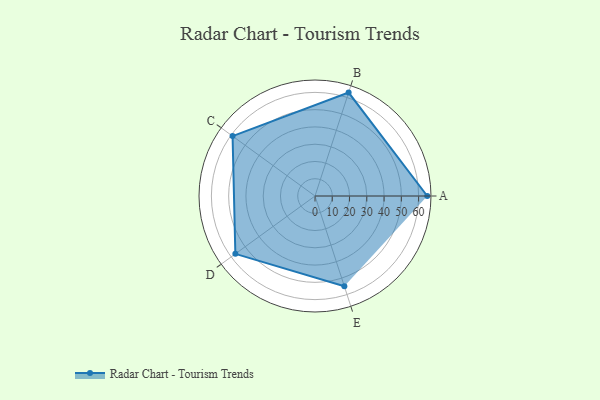
{"axis": {"x": "Skill", "y": "Score"}, "legend": ["Profile"], "data": [{"x": "A", "y": 65.0, "type": "Profile"}, {"x": "B", "y": 63.0, "type": "Profile"}, {"x": "C", "y": 59.0, "type": "Profile"}, {"x": "D", "y": 57.0, "type": "Profile"}, {"x": "E", "y": 55.0, "type": "Profile"}]}